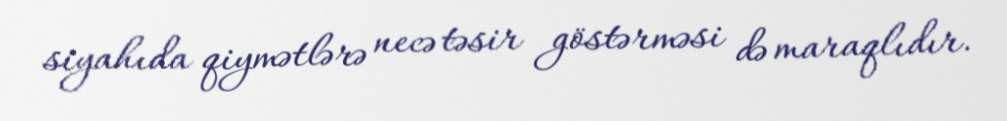
siyahıda qiymətlərə necə təsir göstərməsi də maraqlıdır.